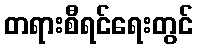
တရားစီရင်ရေးတွင်